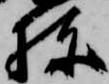
棟